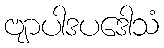
ဗျာပါဒပဒေါသံ